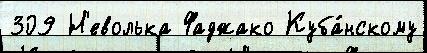
309 Н'еволька Фаджако Куба́нскому